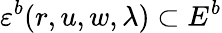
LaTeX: \varepsilon^{b}(r,u,w,\lambda)\subset E^{b}